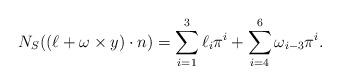
LaTeX: \begin{align*}N_{S}((\ell + \omega \times y) \cdot n) = \sum_{i=1}^{3} \ell_{i} \pi^{i} + \sum_{i=4}^{6} \omega_{i-3} \pi^{i}.\end{align*}